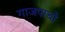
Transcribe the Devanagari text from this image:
गाजपाचो